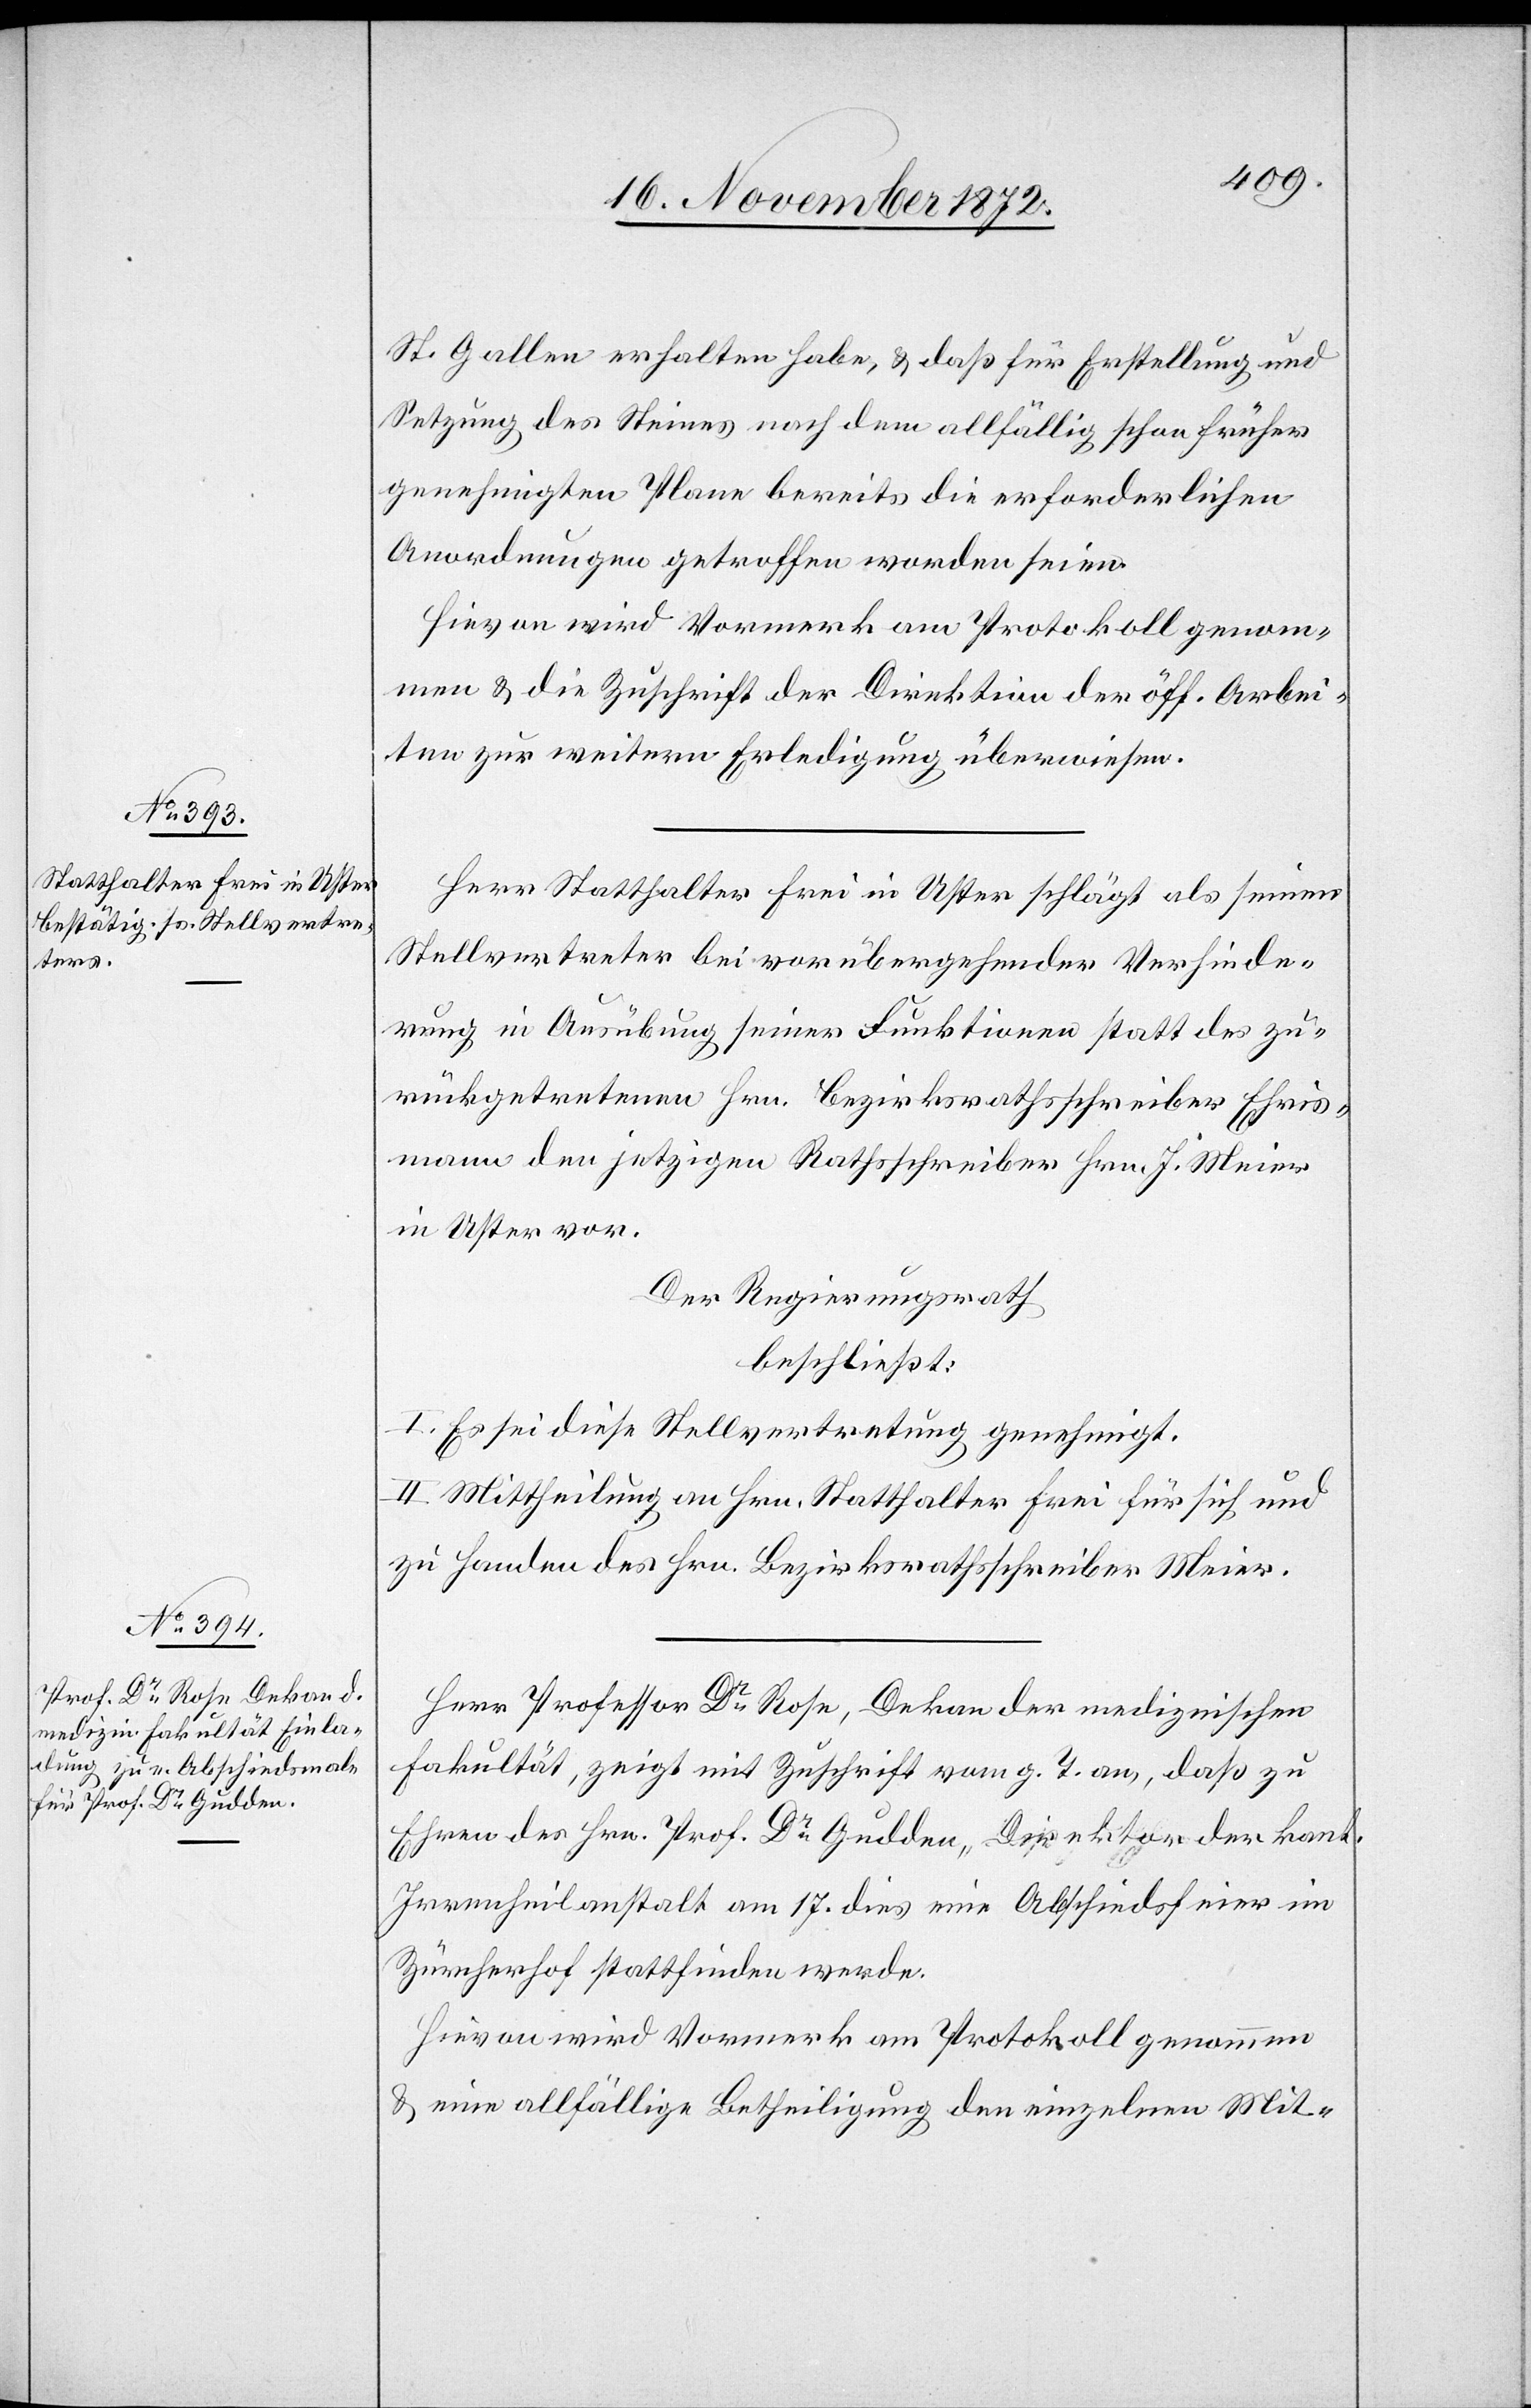
St. Gallen erhalten habe, u. daß für Erstellung und
Setzung des Steines nach dem allfällig schon früher
genehmigten Plane bereits die erforderlichen
Anordnungen getroffen worden seien.
Hievon wird Vormerk am Protokoll genom¬
men u. die Zuschrift der Direktion der öff. Arbei¬
ten zur weitern Erledigung überwiesen.
Herr Statthalter Frei in Uster schlägt als seinen
Stellvertreter bei vorübergehender Verhinde¬
rung in Ausübung seiner Funktionen statt des zu¬
rückgetretenen Hrn. Bezirksrathsschreiber Ehris¬
mann den jetzigen Rathsschreiber Hrn. J. Meier
in Uster vor.
Der Regierungsrath
beschließt:
I. Es sei diese Stellvertretung genehmigt.
II. Mittheilung an Hrn. Statthalter Frei für sich und
zu Handen des Hrn. Bezirksrathsschreiber Meier.
Herr Professor Dr Rose, Dekan der medizinischen
Fakultät, zeigt mit Zuschrift vom g. T. an, daß zu
Ehren des Hrn. Prof. Dr Gudden, Direktor der kant.
Irrenheilanstalt am 17. dies eine Abschiedsfeier im
Zürcherhof stattfinden werde.
Hievon wird Vormerk am Protokoll genommen
u. eine allfällige Betheiligung den einzelnen Mit-